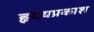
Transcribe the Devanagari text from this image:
हृदयप्रकाश